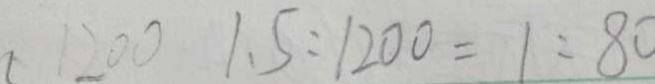
1 2 0 0 1 . 5 : 1 2 0 0 = 1 : 8 0